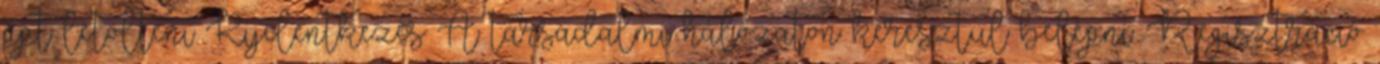
ppt letölteni Kijelentkezés A társadalmi hálózaton keresztül belépni: Regisztráció